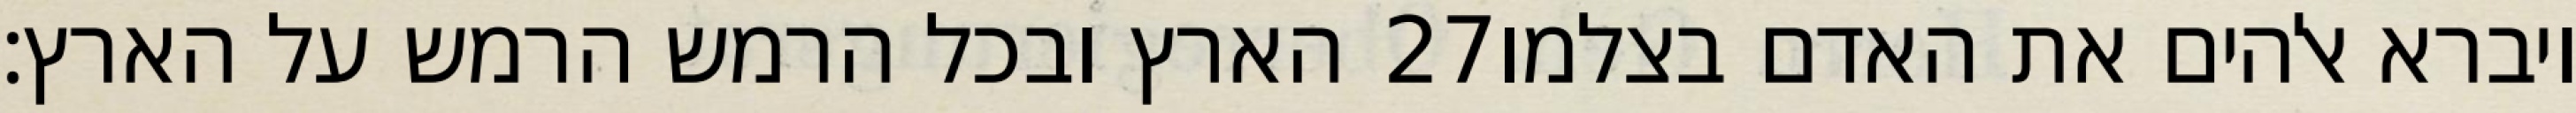
הארץ ובכל הרמש הרמש על הארץ׃ ‎27‏ ויברא אלהים את האדם בצלמו